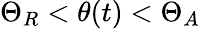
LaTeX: \Theta_{R}<\theta(t)<\Theta_{A}